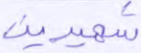
شهيدين